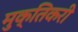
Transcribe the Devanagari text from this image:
मुक्तिकरी